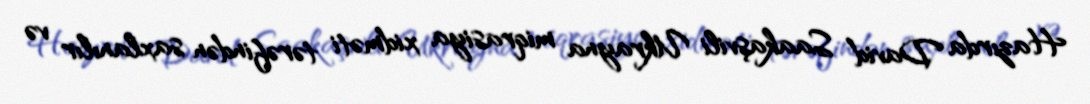
Hazırda David Saakaşvili Ukrayna miqrasiya xidməti tərəfindən saxlanılır və